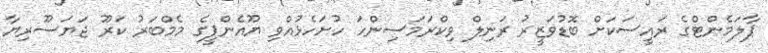
ޕާލަމެންޓްގެ ރައީސަކަށް ބޮޑުވަޒީރު ރަނިލް ވިކްރަމަސިންހަ ހުށަހެޅުއްވި ޔޫއެންޕީގެ މެމްބަރު ކަރޫ ޖަޔަސޫރިޔާ